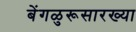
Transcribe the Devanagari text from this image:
बेंगळुरूसारख्या